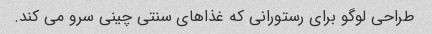
طراحی لوگو برای رستورانی که غذاهای سنتی چینی سرو می کند.